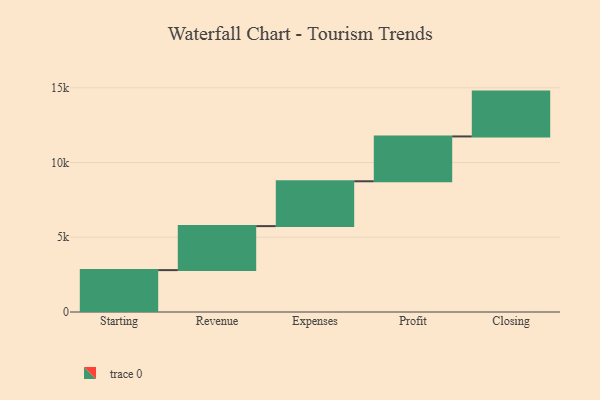
{"axis": {"x": "Step", "y": "Value"}, "legend": [""], "data": [{"x": "Starting", "y": 2802.0, "type": ""}, {"x": "Revenue", "y": 2945.0, "type": ""}, {"x": "Expenses", "y": 3000, "type": ""}, {"x": "Profit", "y": 3000, "type": ""}, {"x": "Closing", "y": 3000, "type": ""}]}